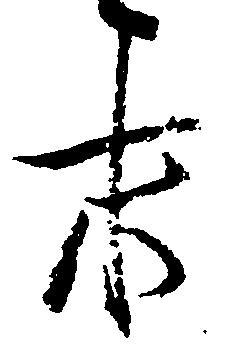
末